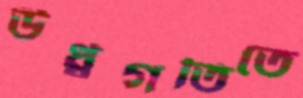
ঊর্ধ্বগতিতে